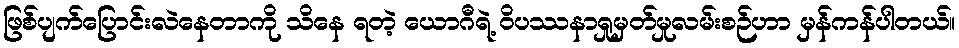
ဖြစ်ပျက်ပြောင်းလဲနေတာကို သိနေ ရတဲ့ ယောဂီရဲ့ ဝိပဿနာရှုမှတ်မှုလမ်းစဉ်ဟာ မှန်ကန်ပါတယ်။